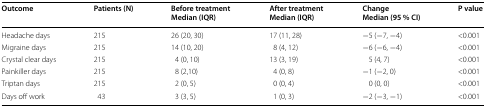
| Outcome | Patients (N) | Before treatmentMedian (IQR) | After treatmentMedian (IQR) | ChangeMedian (95 % CI) | P value |
 | --- | --- | --- | --- | --- | --- |
 | Headache days | 215 | 26 (20, 30) | 17 (11, 28) | −5 (−7, −4) | <0.001 |
 | Migraine days | 215 | 14 (10, 20) | 8 (4, 12) | −6 (−6, −4) | <0.001 |
 | Crystal clear days | 215 | 4 (0, 10) | 13 (3, 19) | 5 (4, 7) | <0.001 |
 | Painkiller days | 215 | 8 (2,10) | 4 (0, 8) | −1 (−2, 0) | <0.001 |
 | Triptan days | 215 | 2 (0, 5) | 0 (0, 4) | 0 (0, 0) | <0.001 |
 | Days off work | 43 | 3 (3, 5) | 1 (0, 3) | −2 (−3, −1) | <0.001 |